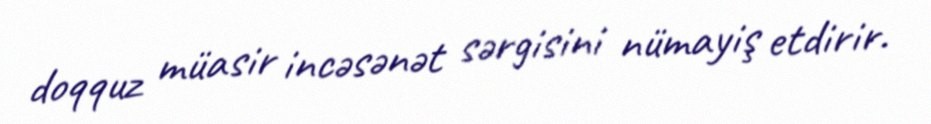
doqquz müasir incəsənət sərgisini nümayiş etdirir.